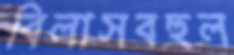
বিলাসবহুল